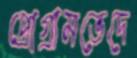
প্রোগ্রামভেদে